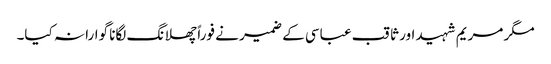
مگر مریم شہید اور ثاقب عباسی کے ضمیر نے فوراً چھلانگ لگانا گوارا نہ کیا۔